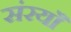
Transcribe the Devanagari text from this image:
संरयाँ